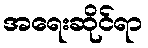
အရေးဆိုင်ရာ